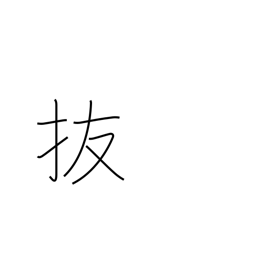
Meaning: omit